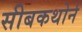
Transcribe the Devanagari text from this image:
सीबकथोर्न